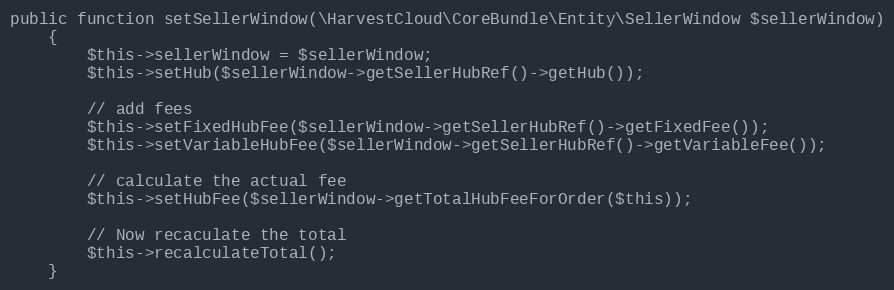
Language: PHP
public function setSellerWindow(\HarvestCloud\CoreBundle\Entity\SellerWindow $sellerWindow)
    {
        $this->sellerWindow = $sellerWindow;
        $this->setHub($sellerWindow->getSellerHubRef()->getHub());

        // add fees
        $this->setFixedHubFee($sellerWindow->getSellerHubRef()->getFixedFee());
        $this->setVariableHubFee($sellerWindow->getSellerHubRef()->getVariableFee());

        // calculate the actual fee
        $this->setHubFee($sellerWindow->getTotalHubFeeForOrder($this));

        // Now recaculate the total
        $this->recalculateTotal();
    }